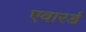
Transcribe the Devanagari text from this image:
एवारर्ड